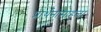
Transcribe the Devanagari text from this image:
प्रार्थनासोहळा